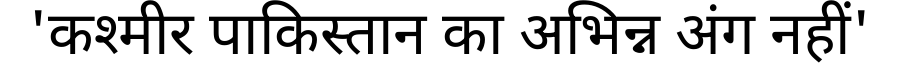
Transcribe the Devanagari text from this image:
'कश्मीर पाकिस्तान का अभिन्न अंग नहीं'